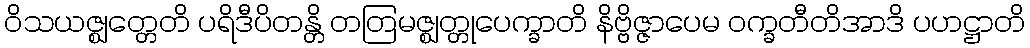
ဝိသယဇ္ဈတ္တေတိ ပရိဒီပိတန္တိ တတြမဇ္ဈတ္တုပေက္ခာတိ နိဗ္ဗိဇ္ဇာပေမ ဝက္ခတီတိအာဒိ ပဟဋ္ဌာတိ